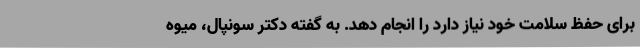
برای حفظ سلامت خود نیاز دارد را انجام دهد. به گفته دکتر سونپال، میوه